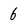
Character: 6